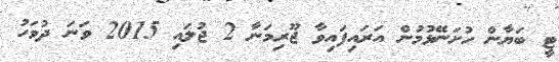
ޓީ ބަޔާން ހުށަނޭޅުމުން އަރައިފައިވާ ޖޫރިމަނާ 2 ޖުލައި 2015 ވަނަ ދުވަހު